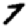
Digit: 7